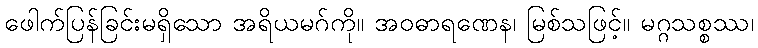
ဖေါက်ပြန်ခြင်းမရှိသော အရိယမဂ်ကို။ အဝဓာရဏေန၊ မြစ်သဖြင့်။ မဂ္ဂသစ္စဿ၊